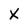
Character: X